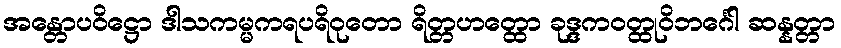
အန္တောပဝိဋ္ဌော ဒါသကမ္မကရပရိဝုတော ရိတ္တဟတ္ထော ခုဒ္ဒကဝတ္ထုဝိဘင်္ဂေါ ဆန္နတ္တာ